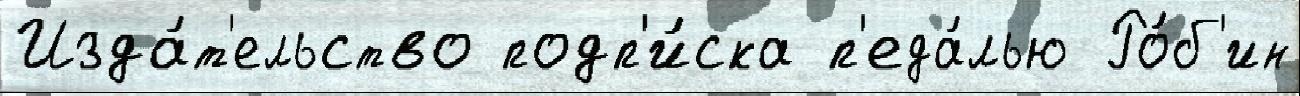
Изда́т'ельство подп'и́ска п'еда́лью Ро́б'ин